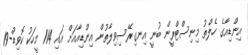
އިންޑިއާގެ ހެލްތު މިނިސްޓްރީން ބުނީ އިނގިރޭސިވިލާތުން އިންޑިއާއަށް އައި 114 މީހަކު ކޮވިޑް-19